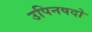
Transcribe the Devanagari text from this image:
उपिनषदो